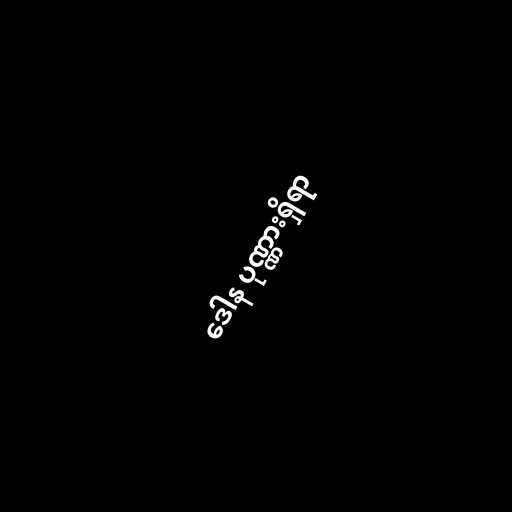
ဒေါန ပုဏ္ဏားရှိရာ